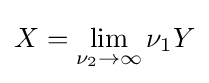
X=\lim _{\nu _{2}\to \infty }\nu _{1}Y